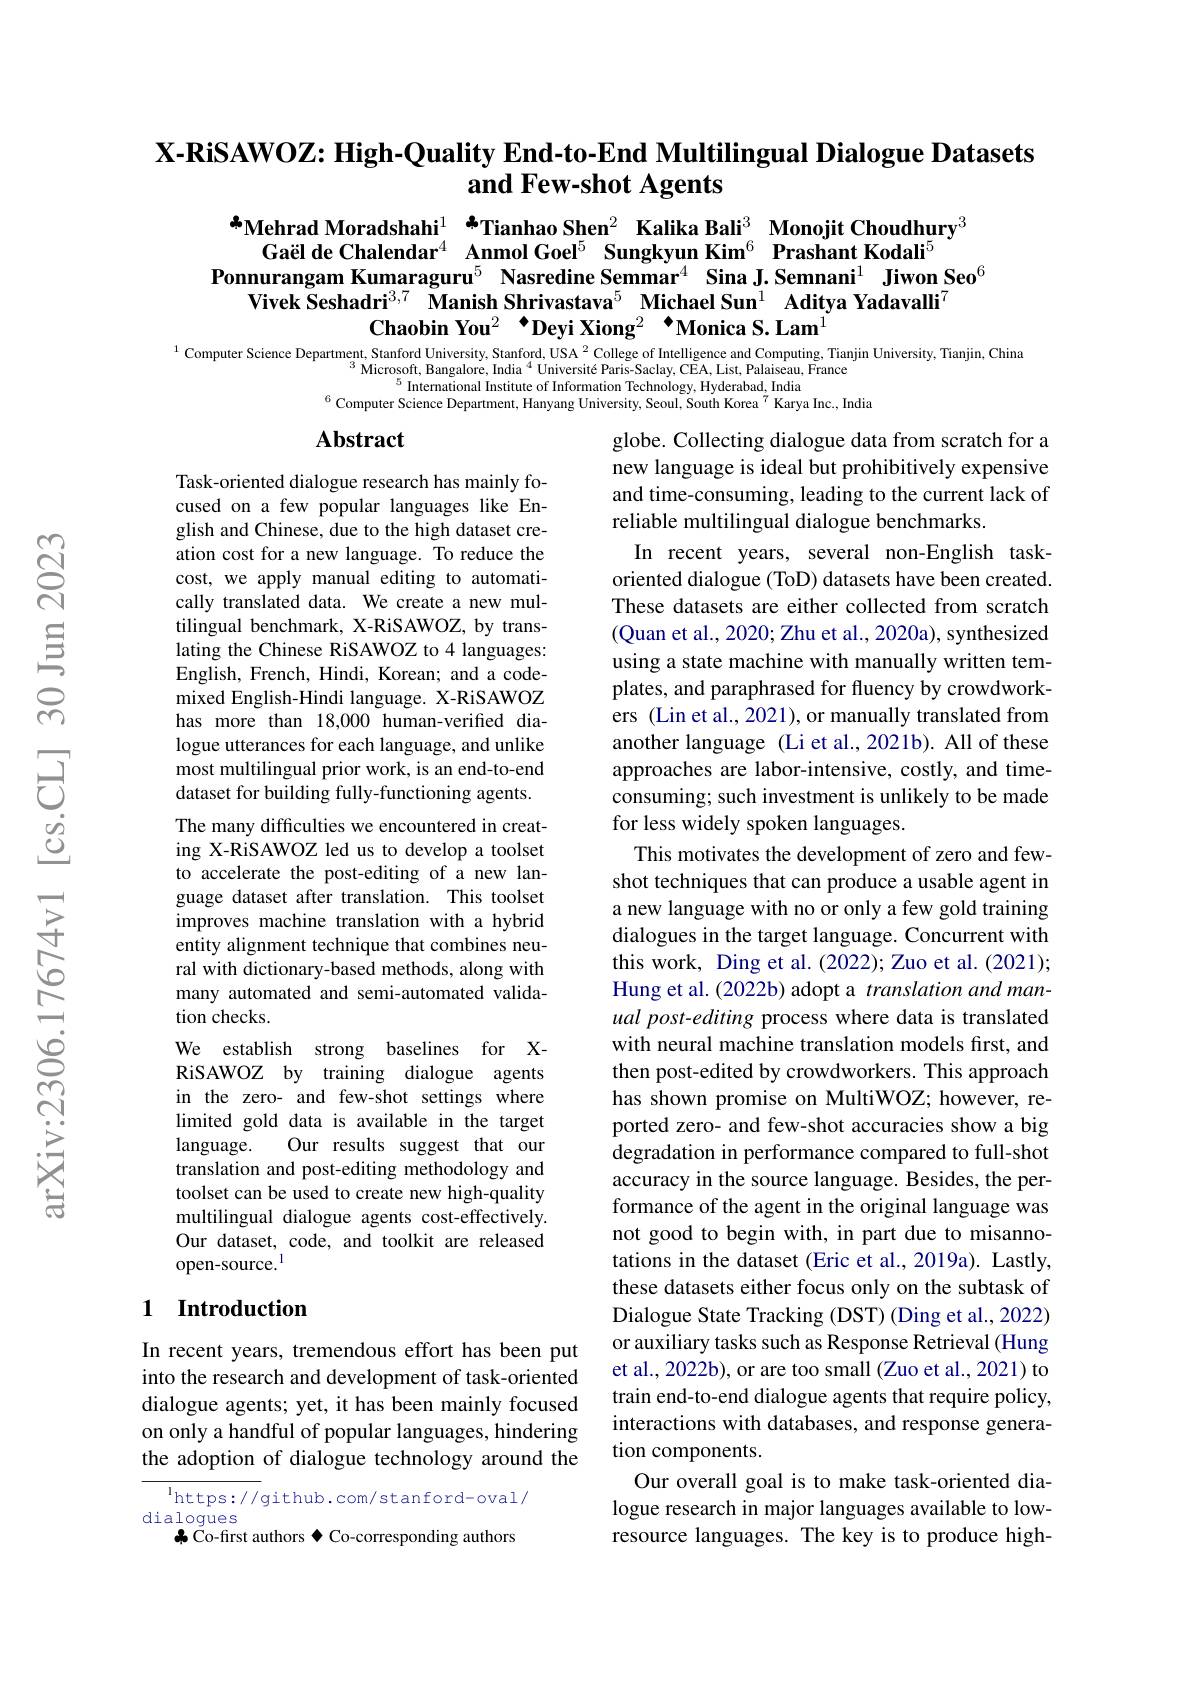
# X-RiSAWOZ: High-Quality End-to-End Multilingual Dialogue Datasets and Few-shot Agents

$^{\text{a}}$Mehrad Moradshahi$^1$ $^{\text{a}}$Tianhao Shen$^2$ Kalika Bali$^{3}$ Monojit Choudhury$^{3}$
Gaël de Chalendar$^{4}$ Anmol Goel$^{5}\textbf{ Sungkyun Kim}^{6}\textbf{ Prashant Kodali}^{5}$
Ponnurangam Kumaraguru$^{5}$ Nasredine Semmar$^{4}$ Sina J.Semnani$^{1}$ Jiwon Seo$^{6}$
Vivek Seshadri$^{3,7}$ Manish Shrivastava$^5$ Michael Sun$^1$ Aditya Yadavalli$^7$
Chaobin You$^{2}$ “Deyi Xiong$^{2}$ “Monica S. Lam$^{1}$
Computer Science Department, Stanford University, Stanford, USA $^{2}$ College of Intelligence and Computing, Tianjin University, Tianjin, China

$^{3}$Microsoft, Bangalore, India$^{4}$Université Paris-Saclay, CEA, List, Palaiseau, France
$^{5}$ International Institute of Information Technology, Hyderabad, India
$^{6}$ Computer Science Department, Hanyang University, Seoul, South Korea$^{7}$ Karya Inc., India

## Abstract

Task-oriented dialogue research has mainly focused on a few popular languages like English and Chinese, due to the high dataset creation cost for a new language. To reduce the cost, we apply manual editing to automatically translated data. We create a new multilingual benchmark, X-RiSAWOZ, by translating the Chinese RiSAWOZ to 4 languages: English, French, Hindi, Korean; and a codemixed English-Hindi language. X-RiSAWOZ has more than 18,000 human-verified dialogue utterances for each language, and unlike most multilingual prior work, is an end-to-end dataset for building fully-functioning agents. The many difficulties we encountered in creating X-RiSAWOZ led us to develop a toolset to accelerate the post-editing of a new language dataset after translation. This toolset improves machine translation with a hybrid entity alignment technique that combines neural with dictionary-based methods, along with many automated and semi-automated validation checks.
We establish strong baselines for XRiSAWOZ by training dialogue agents in the zero- and few-shot settings where limited gold data is available in the target
Our results suggest that our
language.
translation and post-editing methodology and toolset can be used to create new high-quality multilingual dialogue agents cost-effectively. Our dataset, code, and toolkit are released open-source.$^{\mathrm{l}}$

globe. Collecting dialogue data from scratch for a new language is ideal but prohibitively expensive and time-consuming, leading to the current lack of reliable multilingual dialogue benchmarks.
In recent years, several non-English taskoriented dialogue (ToD) datasets have been created. These datasets are either collected from scratch (Quan et al., 2020; Zhu et al., 2020a), synthesized using a state machine with manually written templates, and paraphrased for fluency by crowdworkers (Lin et al., 2021), or manually translated from another language (Li et al.,2021b). All of these approaches are labor-intensive, costly, and timeconsuming; such investment is unlikely to be made for less widely spoken languages.
This motivates the development of zero and fewshot techniques that can produce a usable agent in a new language with no or only a few gold training dialogues in the target language. Concurrent with this work, Ding et al. (2022); Zuo et al. (2021); Hung et al. (2022b) adopt a translation and manual post-editing process where data is translated with neural machine translation models first, and then post-edited by crowdworkers. This approach has shown promise on MultiWOZ; however, reported zero- and few-shot accuracies show a big degradation in performance compared to full-shot accuracy in the source language. Besides, the performance of the agent in the original language was not good to begin with, in part due to misannotations in the dataset (Eric et al., 2019a). Lastly, these datasets either focus only on the subtask of Dialogue State Tracking (DST) (Ding et al., 2022) or auxiliary tasks such as Response Retrieval (Hung et al., 2022b), or are too small (Zuo et al., 2021) to train end-to-end dialogue agents that require policy, interactions with databases, and response generation components.
Our overall goal is to make task-oriented dialogue research in major languages available to lowresource languages. The key is to produce high-

## 1 Introduction

In recent years, tremendous effort has been put into the research and development of task-oriented dialogue agents; yet, it has been mainly focused on only a handful of popular languages, hindering the adoption of dialogue technology around the

$^{\mathrm{l}}$https://github.com/stanford-oval/
dialogues
$\clubsuit$ Co-first authors $\spadesuit$ Co-corresponding authors